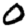
Digit: 0